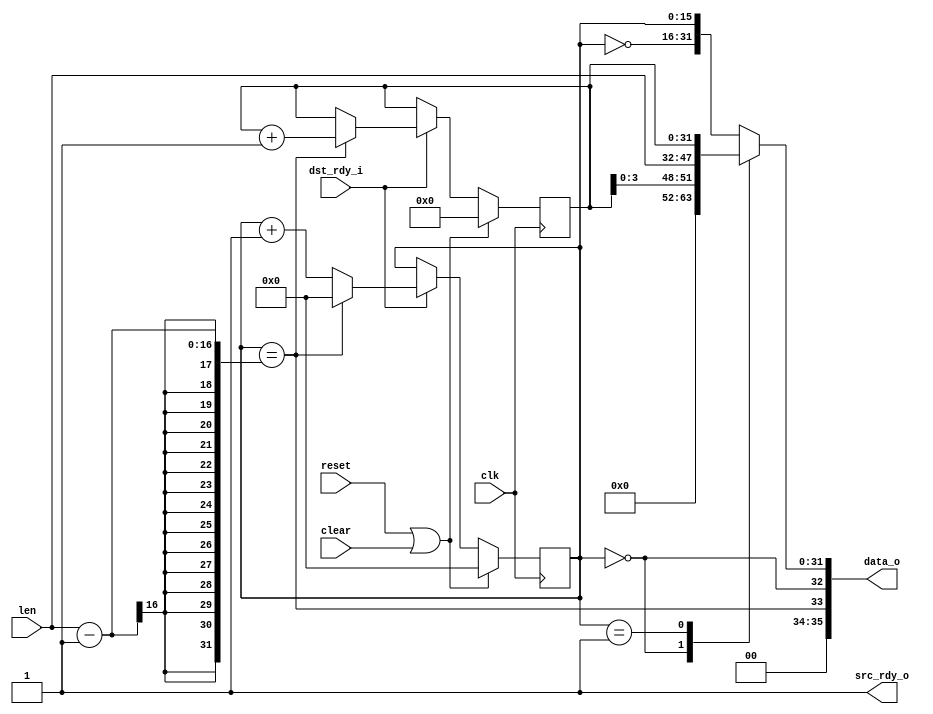
//
// Copyright 2011 Ettus Research LLC
//
// This program is free software: you can redistribute it and/or modify
// it under the terms of the GNU General Public License as published by
// the Free Software Foundation, either version 3 of the License, or
// (at your option) any later version.
//
// This program is distributed in the hope that it will be useful,
// but WITHOUT ANY WARRANTY; without even the implied warranty of
// MERCHANTABILITY or FITNESS FOR A PARTICULAR PURPOSE.  See the
// GNU General Public License for more details.
//
// You should have received a copy of the GNU General Public License
// along with this program.  If not, see <http://www.gnu.org/licenses/>.
//



module vita_pkt_gen
  (input clk, input reset, input clear,
   input [15:0] len,
   output [35:0] data_o, output src_rdy_o, input dst_rdy_i);

   reg [15:0] 	     state;
   reg [31:0] 	     seq, data;
   
   wire 	     sof = (state == 0);
   wire 	     eof = (state == (len-1));
   wire 	     consume = src_rdy_o & dst_rdy_i;
   
   assign src_rdy_o = 1;

   always @(posedge clk)
     if(reset | clear)
       begin
	  state <= 0;
	  seq <= 0;
       end
     else
       if(consume)
	 if(eof)
	   begin
	      state <= 0;
	      seq <= seq + 1;
	   end
	 else
	   state <= state + 1;

   always @*
     case(state)
       0 :   data <= {24'h000,seq[3:0],len};
       1 :   data <= seq;
       default : data <= {~state,state};
     endcase // case (state)

   assign data_o = {2'b00, eof, sof, data};
   
endmodule // vita_pkt_gen